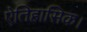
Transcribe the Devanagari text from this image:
ऐतिहासिक।